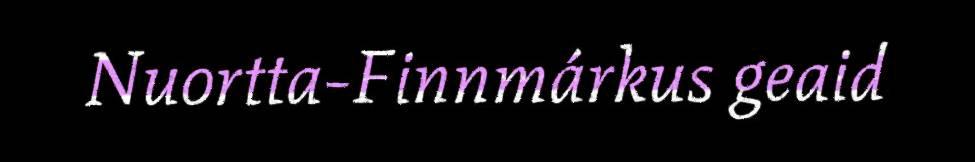
Nuortta-Finnmárkus geaid